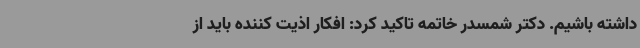
داشته باشیم. دکتر شمسدر خاتمه تاکید کرد: افکار اذیت کننده باید از